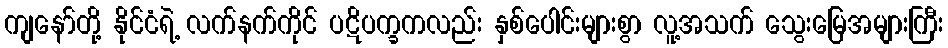
ကျနော်တို့ နိုင်ငံရဲ့ လက်နက်ကိုင် ပဋိပက္ခကလည်း နှစ်ပေါင်းများစွာ လူ့အသက် သွေးမြေအများကြီး